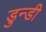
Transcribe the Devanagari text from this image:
डुन्डी